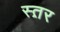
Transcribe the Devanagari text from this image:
स्त़र